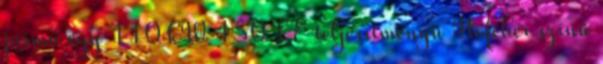
jármű egy 110 kW 150 LE teljesítményű Hófehér színű